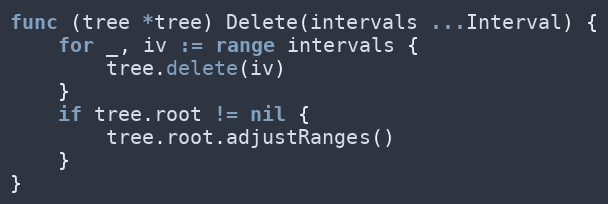
Language: Go
func (tree *tree) Delete(intervals ...Interval) {
	for _, iv := range intervals {
		tree.delete(iv)
	}
	if tree.root != nil {
		tree.root.adjustRanges()
	}
}